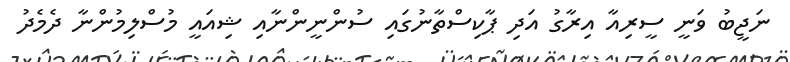
ނަޖީބު ވަނީ ސީރިއާ އިރާގު އަދި ޕާކިސްތާނުގައި ސުންނީންނާއި ޝިއައީ މުސްލިމުންނާ ދެމެދު